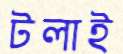
টলাই